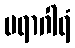
ပရာဂါရံ